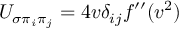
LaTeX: U _ { \sigma \pi _ { i } \pi _ { j } } = 4 v \delta _ { i j } f ^ { \prime \prime } ( v ^ { 2 } )